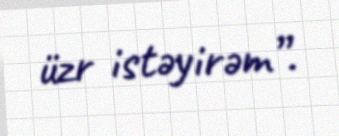
üzr istəyirəm”.